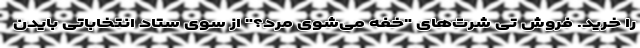
را خرید. فروش تی شرت‌های "خفه می‌شوی مرد؟" از سوی ستاد انتخاباتی بایدن